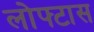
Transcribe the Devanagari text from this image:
लोफ्टास